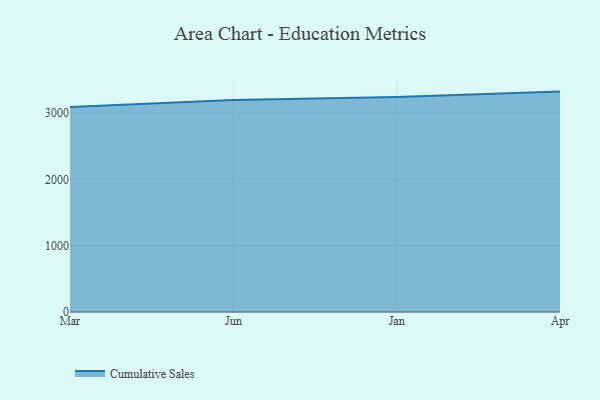
{"axis": {"x": "Month", "y": "Operating Costs (USD K)"}, "legend": ["Cumulative Sales"], "data": [{"x": "Mar", "y": 3091.0, "type": "Cumulative Sales"}, {"x": "Jun", "y": 3196.1, "type": "Cumulative Sales"}, {"x": "Jan", "y": 3243.2, "type": "Cumulative Sales"}, {"x": "Apr", "y": 3324.0, "type": "Cumulative Sales"}]}